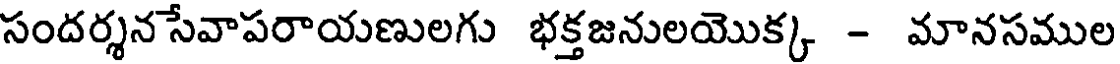
సందర్శన సేవాపరాయణులగు భక్తజనులయొక్క - మానసముల